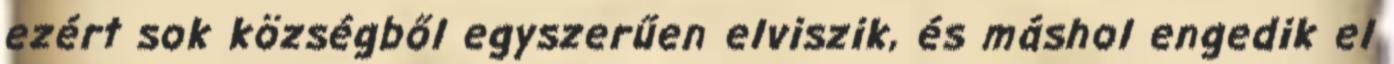
ezért sok községből egyszerűen elviszik, és máshol engedik el